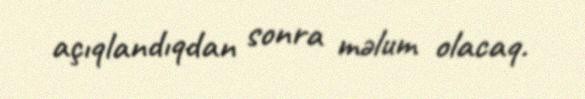
açıqlandıqdan sonra məlum olacaq.